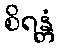
စိရန္တံ